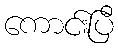
ကောင်းပြီ